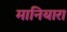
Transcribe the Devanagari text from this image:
मानियारा